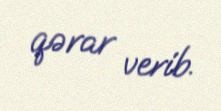
qərar verib.